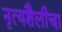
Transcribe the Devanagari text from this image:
नृत्यशैलीचा